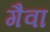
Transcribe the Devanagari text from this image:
गैवा